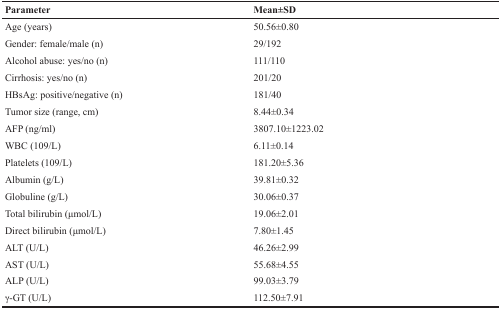
| Parameter | Mean±SD |
 | --- | --- |
 | Age (years) | 50.56±0.80 |
 | Gender: female/male (n) | 29/192 |
 | Alcohol abuse: yes/no (n) | 111/110 |
 | Cirrhosis: yes/no (n) | 201/20 |
 | HBsAg: positive/negative (n) | 181/40 |
 | Tumor size (range, cm) | 8.44±0.34 |
 | AFP (ng/ml) | 3807.10±1223.02 |
 | WBC (109/L) | 6.11±0.14 |
 | Platelets (109/L) | 181.20±5.36 |
 | Albumin (g/L) | 39.81±0.32 |
 | Globuline (g/L) | 30.06±0.37 |
 | Total bilirubin (μmol/L) | 19.06±2.01 |
 | Direct bilirubin (μmol/L) | 7.80±1.45 |
 | ALT (U/L) | 46.26±2.99 |
 | AST (U/L) | 55.68±4.55 |
 | ALP (U/L) | 99.03±3.79 |
 | γ-GT (U/L) | 112.50±7.91 |